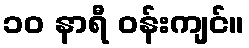
၁၀ နာရီ ဝန်းကျင်။